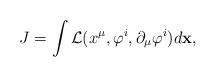
LaTeX: \begin{align*}J=\int {\cal L}(x^\mu,\varphi^i,\partial_\mu\varphi^i) d{\bf x}, \end{align*}